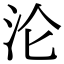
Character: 沦